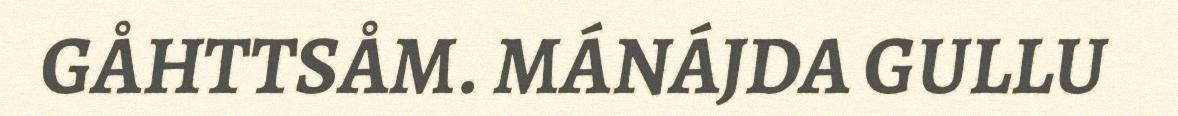
GÅHTTSÅM. MÁNÁJDA GULLU